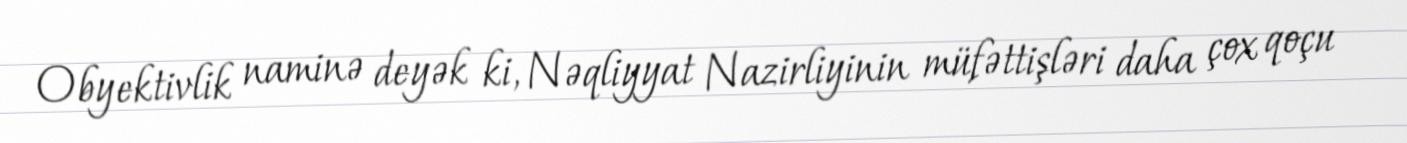
Obyektivlik naminə deyək ki, Nəqliyyat Nazirliyinin müfəttişləri daha çox qoçu